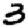
Digit: 3